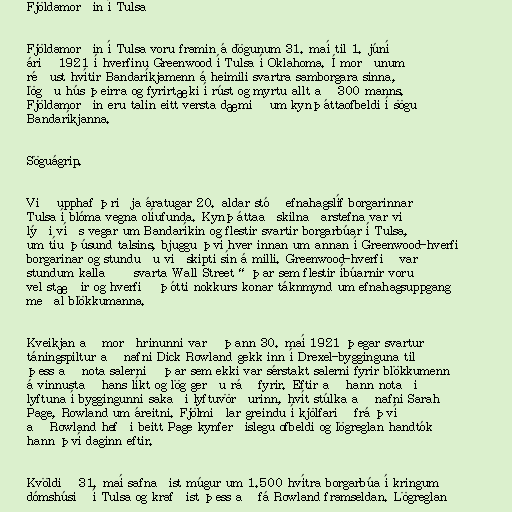
Fjöldamorðin í Tulsa

Fjöldamorðin í Tulsa voru framin á dögunum 31. maí til 1. júní
árið 1921 í hverfinu Greenwood í Tulsa í Oklahoma. Í morðunum
réðust hvítir Bandaríkjamenn á heimili svartra samborgara sinna,
lögðu hús þeirra og fyrirtæki í rúst og myrtu allt að 300 manns.
Fjöldamorðin eru talin eitt versta dæmið um kynþáttaofbeldi í sögu
Bandaríkjanna.

Söguágrip.

Við upphaf þriðja áratugar 20. aldar stóð efnahagslíf borgarinnar
Tulsa í blóma vegna olíufunda. Kynþáttaaðskilnaðarstefna var við
lýði víðs vegar um Bandaríkin og flestir svartir borgarbúar í Tulsa,
um tíu þúsund talsins, bjuggu því hver innan um annan í Greenwood-hverfi
borgarinar og stunduðu viðskipti sín á milli. Greenwood-hverfið var
stundum kallað „svarta Wall Street“ þar sem flestir íbúarnir voru
vel stæðir og hverfið þótti nokkurs konar táknmynd um efnahagsuppgang
meðal blökkumanna.

Kveikjan að morðhrinunni varð þann 30. maí 1921 þegar svartur
táningspiltur að nafni Dick Rowland gekk inn í Drexel-bygginguna til
þess að nota salernið þar sem ekki var sérstakt salerni fyrir blökkumenn
á vinnustað hans líkt og lög gerðu ráð fyrir. Eftir að hann notaði
lyftuna í byggingunni sakaði lyftuvörðurinn, hvít stúlka að nafni Sarah
Page, Rowland um áreitni. Fjölmiðlar greindu í kjölfarið frá því
að Rowland hefði beitt Page kynferðislegu ofbeldi og lögreglan handtók
hann því daginn eftir.

Kvöldið 31. maí safnaðist múgur um 1.500 hvítra borgarbúa í kringum
dómshúsið í Tulsa og krafðist þess að fá Rowland framseldan. Lögreglan